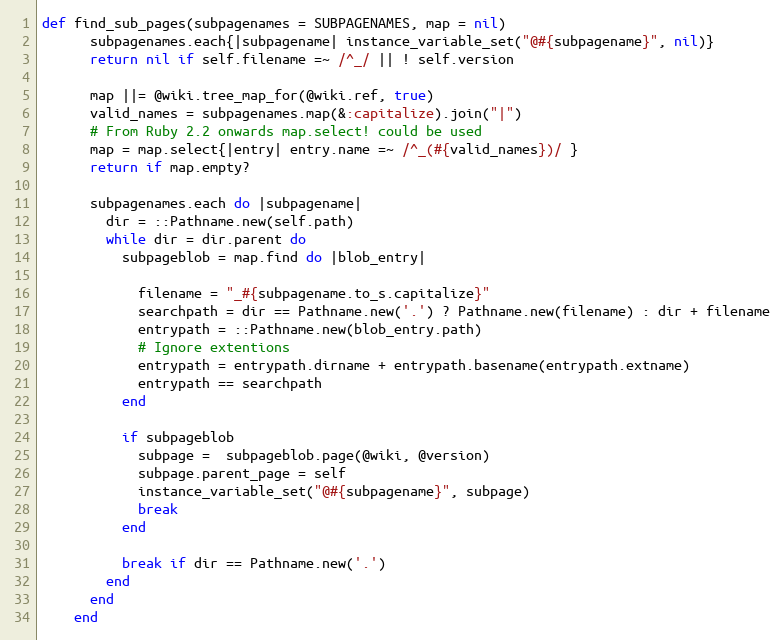
Language: Ruby
def find_sub_pages(subpagenames = SUBPAGENAMES, map = nil)
      subpagenames.each{|subpagename| instance_variable_set("@#{subpagename}", nil)}
      return nil if self.filename =~ /^_/ || ! self.version

      map ||= @wiki.tree_map_for(@wiki.ref, true)
      valid_names = subpagenames.map(&:capitalize).join("|")
      # From Ruby 2.2 onwards map.select! could be used
      map = map.select{|entry| entry.name =~ /^_(#{valid_names})/ }
      return if map.empty?

      subpagenames.each do |subpagename|
        dir = ::Pathname.new(self.path)
        while dir = dir.parent do
          subpageblob = map.find do |blob_entry|

            filename = "_#{subpagename.to_s.capitalize}"
            searchpath = dir == Pathname.new('.') ? Pathname.new(filename) : dir + filename
            entrypath = ::Pathname.new(blob_entry.path)
            # Ignore extentions
            entrypath = entrypath.dirname + entrypath.basename(entrypath.extname)
            entrypath == searchpath
          end

          if subpageblob
            subpage =  subpageblob.page(@wiki, @version)
            subpage.parent_page = self
            instance_variable_set("@#{subpagename}", subpage)
            break
          end

          break if dir == Pathname.new('.')
        end
      end
    end